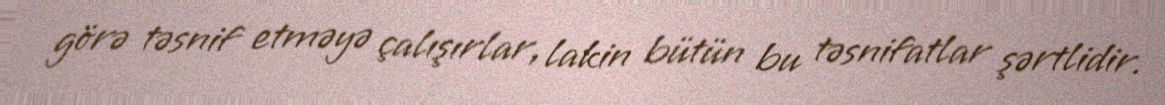
görə təsnif etməyə çalışırlar, lakin bütün bu təsnifatlar şərtlidir.